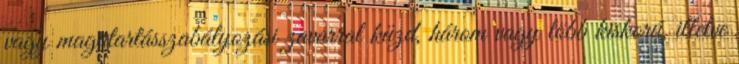
vagy magatartásszabályozási zavarral küzd, három vagy több kiskorú, illetve